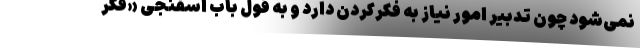
نمی‌شود چون تدبیر امور نیاز به فکرکردن دارد و به قول باب اسفنجی «فکر